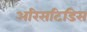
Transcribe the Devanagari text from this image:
अरिसटिडिस